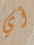
أي